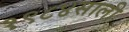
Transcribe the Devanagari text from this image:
१९८४साली